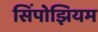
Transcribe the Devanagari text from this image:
सिंपोझियम